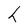
Character: h